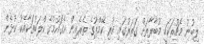
ލިބުނު މެޗުތަކަކީ މުބާރާތަށް ގަތަރުގައި ކުރި ކޭމްޕުގެ ތެރެއިން އެގައުމުގެ ކްލަބުތަކާއެކު ކުޅެން